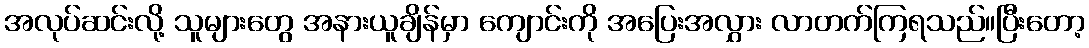
အလုပ်ဆင်းလို့ သူများတွေ အနားယူချိန်မှာ ကျောင်းကို အပြေးအလွှား လာတက်ကြရသည်။ပြီးတော့